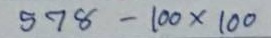
578 - 100x100